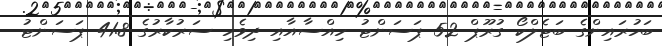
ބަހުރައިންގެ ބަޓެލްކޯ ގުރޫޕް 52 ޕަސަންޓު ހިއްސާއާއި ދިވެހި ސަރުކާރުގެ 41.8 ޕަސަންޓު